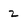
Character: 2